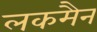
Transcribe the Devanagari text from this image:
लकमैन